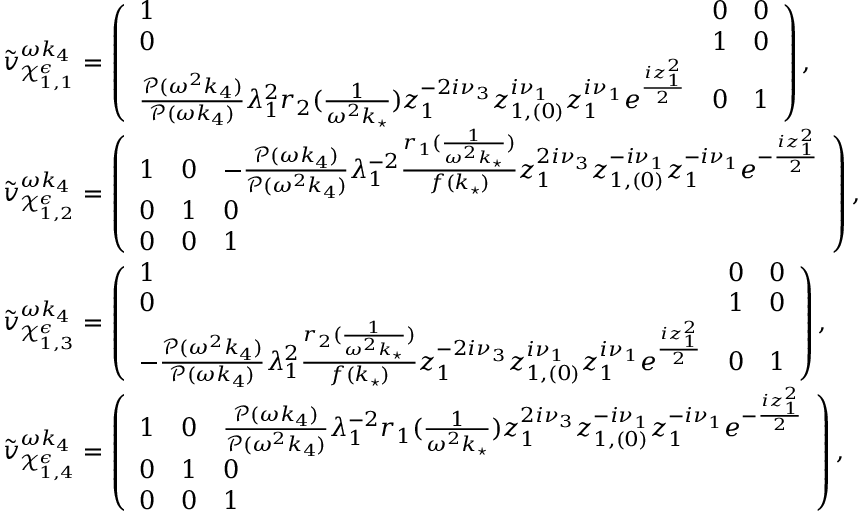
\begin{array} { r l } & { \tilde { v } _ { \mathcal { X } _ { 1 , 1 } ^ { \epsilon } } ^ { \omega k _ { 4 } } = \left( \begin{array} { l l l } { 1 } & { 0 } & { 0 } \\ { 0 } & { 1 } & { 0 } \\ { \frac { \mathcal { P } ( \omega ^ { 2 } k _ { 4 } ) } { \mathcal { P } ( \omega k _ { 4 } ) } \lambda _ { 1 } ^ { 2 } r _ { 2 } ( \frac { 1 } { \omega ^ { 2 } k _ { \star } } ) z _ { 1 } ^ { - 2 i \nu _ { 3 } } z _ { 1 , ( 0 ) } ^ { i \nu _ { 1 } } z _ { 1 } ^ { i \nu _ { 1 } } e ^ { \frac { i z _ { 1 } ^ { 2 } } { 2 } } } & { 0 } & { 1 } \end{array} \right) , } \\ & { \tilde { v } _ { \mathcal { X } _ { 1 , 2 } ^ { \epsilon } } ^ { \omega k _ { 4 } } = \left( \begin{array} { l l l } { 1 } & { 0 } & { - \frac { \mathcal { P } ( \omega k _ { 4 } ) } { \mathcal { P } ( \omega ^ { 2 } k _ { 4 } ) } \lambda _ { 1 } ^ { - 2 } \frac { r _ { 1 } ( \frac { 1 } { \omega ^ { 2 } k _ { \star } } ) } { f ( k _ { \star } ) } z _ { 1 } ^ { 2 i \nu _ { 3 } } z _ { 1 , ( 0 ) } ^ { - i \nu _ { 1 } } z _ { 1 } ^ { - i \nu _ { 1 } } e ^ { - \frac { i z _ { 1 } ^ { 2 } } { 2 } } } \\ { 0 } & { 1 } & { 0 } \\ { 0 } & { 0 } & { 1 } \end{array} \right) , } \\ & { \tilde { v } _ { \mathcal { X } _ { 1 , 3 } ^ { \epsilon } } ^ { \omega k _ { 4 } } = \left( \begin{array} { l l l } { 1 } & { 0 } & { 0 } \\ { 0 } & { 1 } & { 0 } \\ { - \frac { \mathcal { P } ( \omega ^ { 2 } k _ { 4 } ) } { \mathcal { P } ( \omega k _ { 4 } ) } \lambda _ { 1 } ^ { 2 } \frac { r _ { 2 } ( \frac { 1 } { \omega ^ { 2 } k _ { \star } } ) } { f ( k _ { \star } ) } z _ { 1 } ^ { - 2 i \nu _ { 3 } } z _ { 1 , ( 0 ) } ^ { i \nu _ { 1 } } z _ { 1 } ^ { i \nu _ { 1 } } e ^ { \frac { i z _ { 1 } ^ { 2 } } { 2 } } } & { 0 } & { 1 } \end{array} \right) , } \\ & { \tilde { v } _ { \mathcal { X } _ { 1 , 4 } ^ { \epsilon } } ^ { \omega k _ { 4 } } = \left( \begin{array} { l l l } { 1 } & { 0 } & { \frac { \mathcal { P } ( \omega k _ { 4 } ) } { \mathcal { P } ( \omega ^ { 2 } k _ { 4 } ) } \lambda _ { 1 } ^ { - 2 } r _ { 1 } ( \frac { 1 } { \omega ^ { 2 } k _ { \star } } ) z _ { 1 } ^ { 2 i \nu _ { 3 } } z _ { 1 , ( 0 ) } ^ { - i \nu _ { 1 } } z _ { 1 } ^ { - i \nu _ { 1 } } e ^ { - \frac { i z _ { 1 } ^ { 2 } } { 2 } } } \\ { 0 } & { 1 } & { 0 } \\ { 0 } & { 0 } & { 1 } \end{array} \right) , } \end{array}